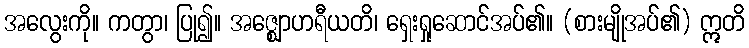
အလွေးကို။ ကတွာ၊ ပြု၍။ အဇ္ဈောဟရီယတိ၊ ရှေးရှုဆောင်အပ်၏။ (စားမျိုအပ်၏) ဣတိ